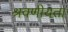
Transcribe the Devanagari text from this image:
श्रवणीयता